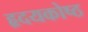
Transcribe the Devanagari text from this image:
हृदयकोष्ठ